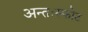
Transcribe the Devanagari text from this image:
अन्तःस्फोट